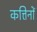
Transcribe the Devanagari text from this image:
कत्तिनों